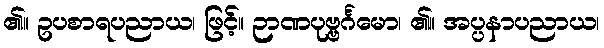
၏။ ဥပစာရပညာယ၊ ဖြင့်။ ဉာဏပုဗ္ဗင်္ဂမော၊ ၏။ အပ္ပနာပညာယ၊